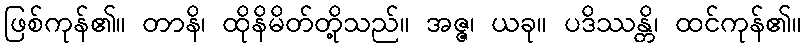
ဖြစ်ကုန်၏။ တာနိ၊ ထိုနိမိတ်တို့သည်။ အဇ္ဇ၊ ယခု။ ပဒိဿန္တိ၊ ထင်ကုန်၏။